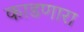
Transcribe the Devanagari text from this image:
काडणारा